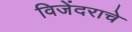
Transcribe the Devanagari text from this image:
विजेंदराचे